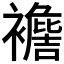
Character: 𧞟